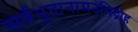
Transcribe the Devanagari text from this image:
सर्वभूतानामनभिद्रोह